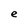
Character: e